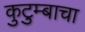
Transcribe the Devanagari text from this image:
कुटुम्बाचा